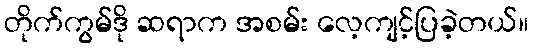
တိုက်ကွမ်ဒို ဆရာက အစမ်း လေ့ကျင့်ပြခဲ့တယ်။